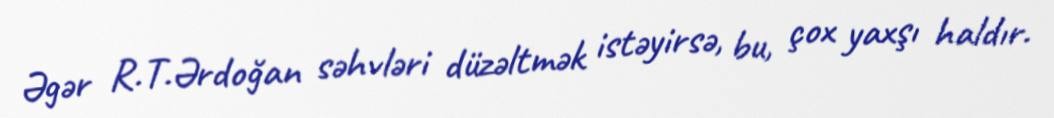
Əgər R.T.Ərdoğan səhvləri düzəltmək istəyirsə, bu, çox yaxşı haldır.